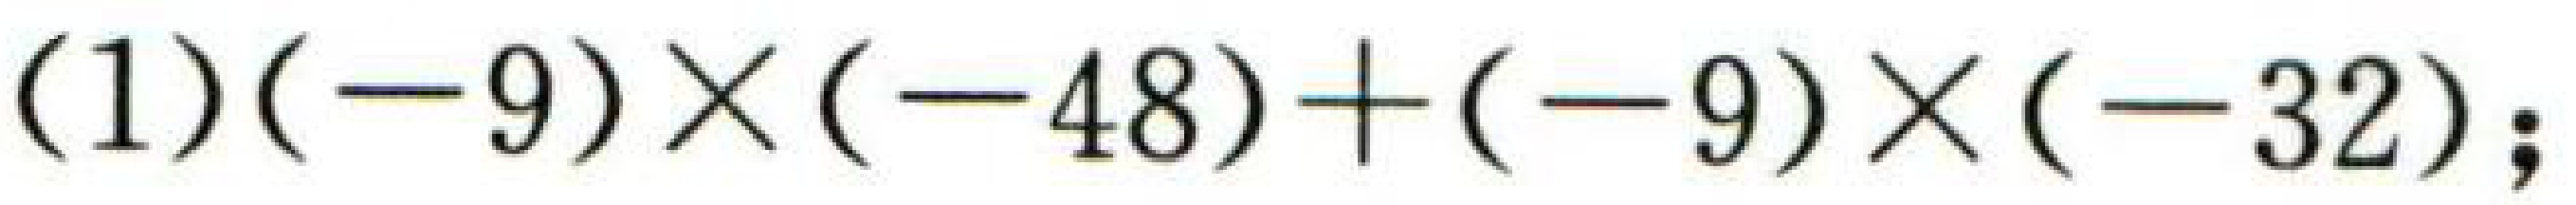
\((1)(-9)\times(-48)+(-9)\times(-32)\);